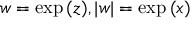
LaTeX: w = \exp { ( z ) } , | w | = \exp { ( x ) }